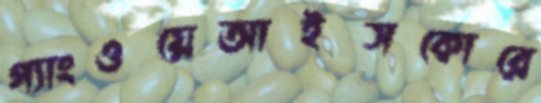
গ্যাংওয়েআইসকোরে